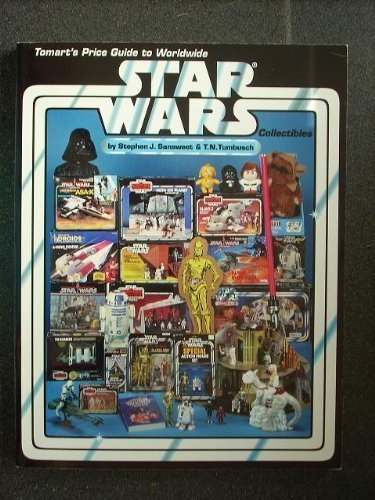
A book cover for Tomart's Price Guide to Worldwide Star Wars Collectibles; Stephen J. Sansweet; Crafts, Hobbies & Home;